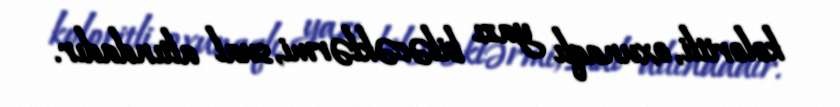
koloritli, oxunaqlı yazı biləcəklərmi, sual altındadır.